Calcutta medical institutions reports 1892-1900
Year: 1892
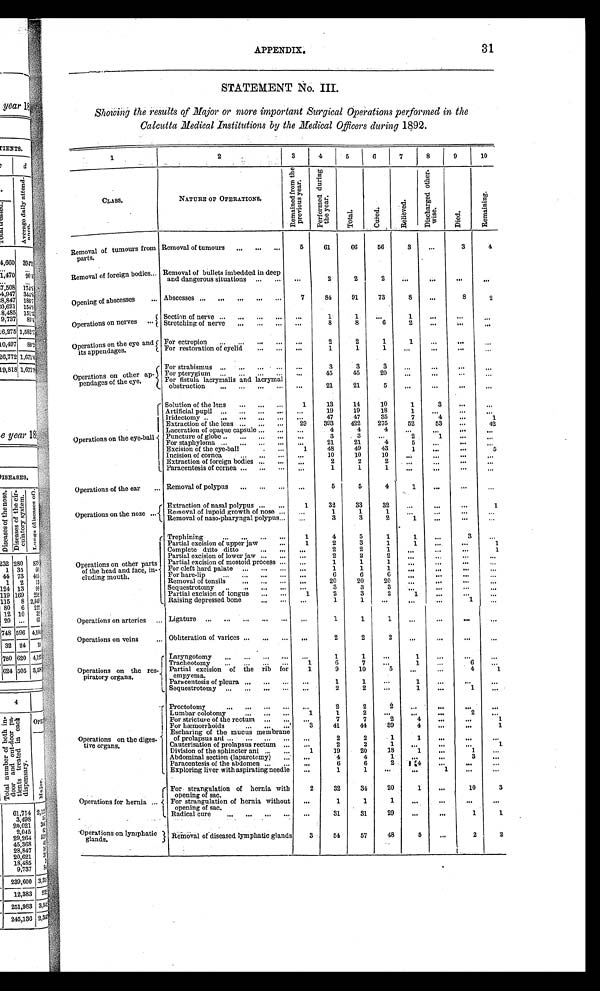
APPENDIX.
31
STATEMENT No. III.
Showing the results of Major or more important Surgical Operations performed in the
Calcutta Medical Institutions by the Medical Officers during 1892.
1
2
3
4
5 6
7
8
9
10
CLASS.
NATURE OF OPERATIONS.
R e m a i n e d f r o m t h e p r e v i o u s y e a r . P e r f o r m e d d u r i n g t h e y e a r .
T o t a l .
C u r e d .
R e l i e v e d .
D i s c h a r g e d o t h e r - w i s e .
D i e d .
R e m a i n i n g .
Removal of tumours from
parts.
Removal of tumours
5
61
66
56
3
3
4
Removal of foreign bodies Removal of bullets imbedded in deep
and dangerous situations
2
2
2
Opening of abscesses
Abscesses
7
84
91
73
8
8
2
Operations on nerves
Section of nerve
1
1
1
Stretching of nerve
8
8
6
2
Operations on the eye and
its appendages.
For ectroplon
2
2
1
1
For restoration of eyelid
1
1
1
Operations on other ap
pendages of the eye.
For strabismus
3
3
3
For pterygium
45
45
20
For fistula lacrymalis and lacrymal
obstruction
21
21
5
Operations on the eye-ball
Solution of the lens
1
13
14
10
1
3
Artificial pupil
19
19
18
1
Iridectomy
47
47
35
7
4
1
Extraction of the lens
29
393
422
275
52
53
42
Laceration of opaque capsule
4
4
4
Puncture of globe
3
3
2
1
For staphyloma
21
21
4
5
Excision of the eye-ball
1
48
49
43 1
5
Incision of cornea
10
10
10
Extraction of foreign bodies
2
2
2
Paracentesis of cornea
1
1
1
Operations of the ear
Removal of polypus
5
5
4
1
Operations on the nose
Extraction of nasal polypus
1
32
33
32
1
Removal of lupoid growth of nose
1
1
1
Removal of naso-pharyngal polypus
3
3
2
1
Operations on other parts
of the head and face,
including mouth.
Trephining
1
4
5
1
1
3
Partial excision of upper jaw
1
2
3
1
1
1
Complete ditto ditto
2
2
1
1
Partial excision of lower jaw
2
2
2
Partial excision of mostoid process
1
1
1
For cleft hard. palate
1
1
1
For hare-lip
6
6
6
Removal of tonsils
20
20
20
Sequestrotomy
3
3
3
Partial excision of tongue
1
2
3
2 1
Raising depressed bone
1
1
1
Operations on arteries
Ligature
1
1
1
Operations on veins
Obliteration of varices
2
2
2
Operations on the res-
piratory organs.
Laryngotomy
1
1
1
Tracheotomy
1
6
7
1
6
Partial excision of the rib for
empyema.
1
9
10
5
4
1
Paracentesis of pleura
1
1
1
Sequestrotomy
2
1
1
Operations on the diges - t i v e o r g a n s .
Proctotomy
2
2
2
Lumbar colotomy
1
1
2
2
For stricture of the rectum
7
7
2
4
1
For hæmorrhoids
3
41
44
39
4
1
Escharing of the mucus membrane
of prolapsus ani
2
2
1
1
Cauterisation of prolapsus rectum
2
2
1
1
Division of the sphincter ani
1
19
20
18
1
1
Abdominal section .(laparotomy)
4
4
1
3
Paracentesis of the abdomen
6
6
2
4
Exploring liver with aspirating needle
1
1
1
Operations for hernia
For strangulation of hernia with
opening of sac.
2
32
34
20 1
10
3
For strangulation of hernia without
opening of sac.
1
1
1
Radical cure
31
31
29
1
1
Operations on lymphatic
glands.
Removal of diseased lymphatic glands
3
54
57
48
5
2
2